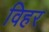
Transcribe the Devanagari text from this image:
विहर